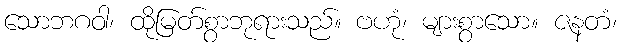
သောဘဂဝါ၊ ထိုမြတ်စွာဘုရားသည်။ ဗဟုံ၊ များစွာသော။ ဇနတံ၊